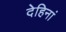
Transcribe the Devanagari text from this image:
देहिनां